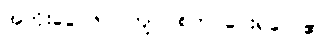
အတိုးငွေ ၆၀ ကျပ် စတင်ပေးရလေ၏။